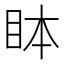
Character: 𬑊